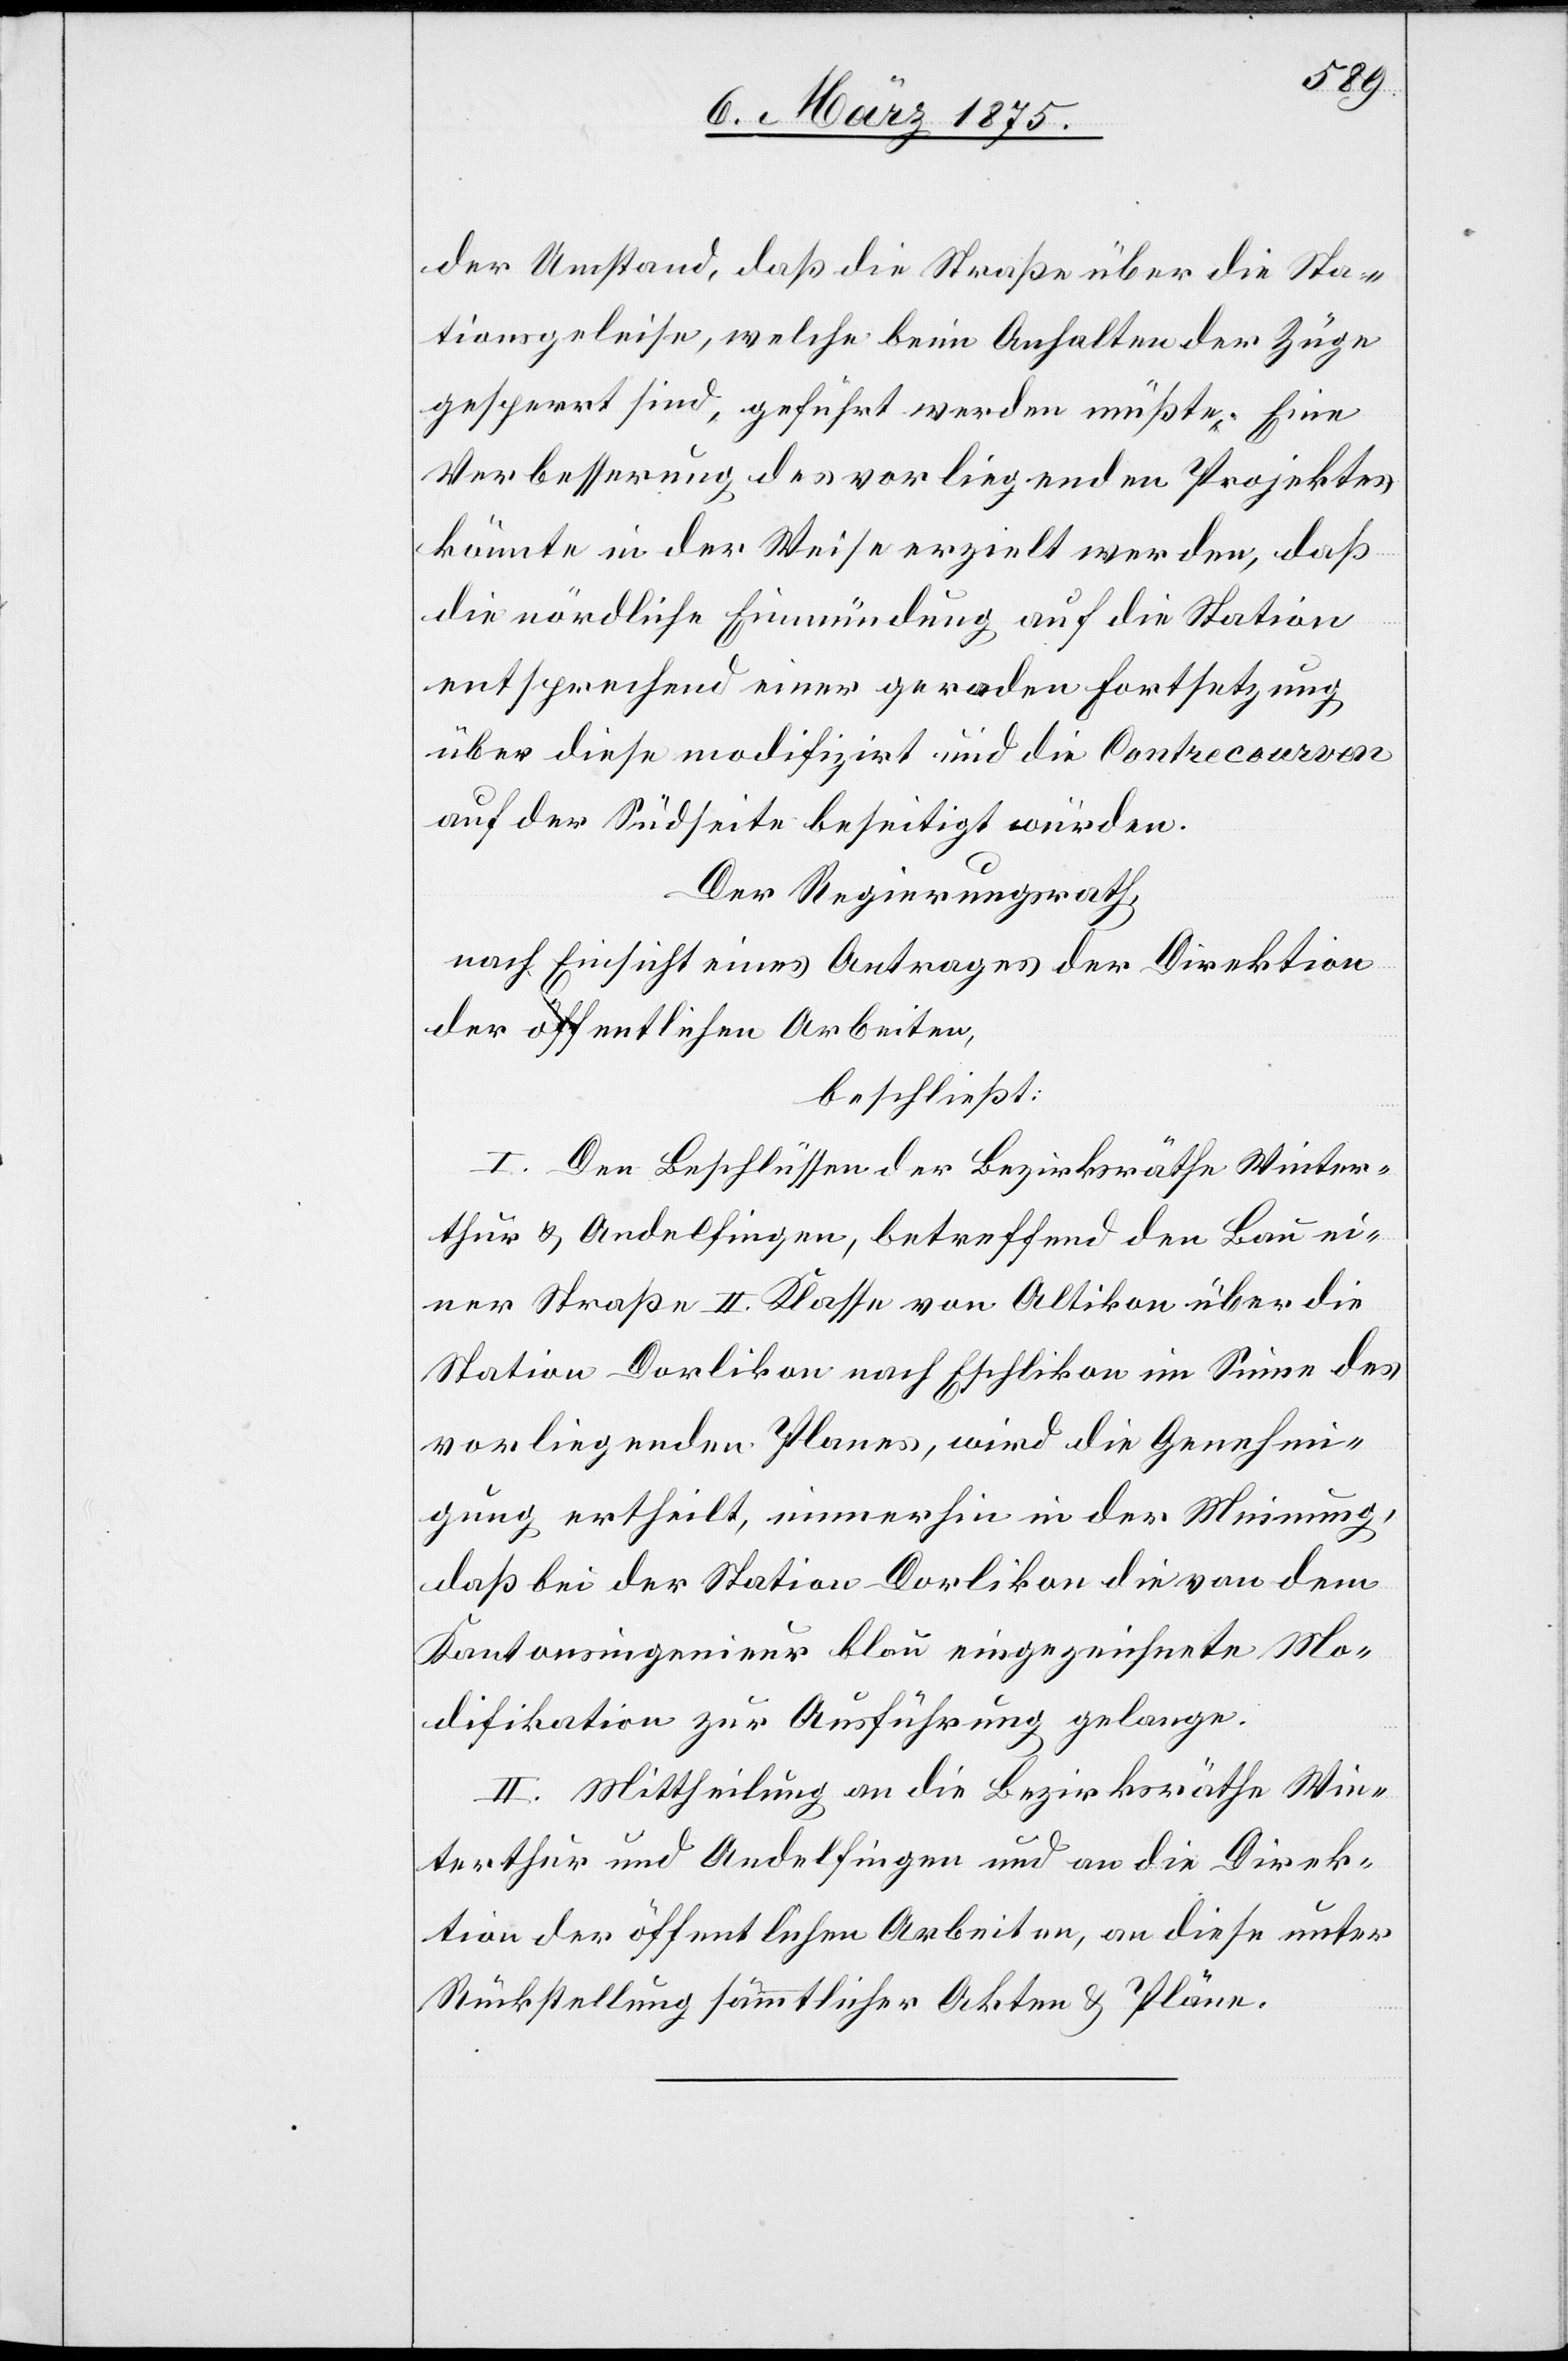
der Umstand, daß die Straße über die Sta¬
tionsgeleise, welche beim Anhalten der Züge
gesperrt sind, geführt werden müßte. Eine
Verbesserung des vorliegenden Projektes
könnte in der Weise erzielt werden daß
die nördliche Einmündung auf die Station
entsprechend einer geraden Fortsetzung
über diese modifizirt und die Contrecourven
auf der Südseite beseitigt würden.
Der Regierungsrath,
nach Einsicht eines Antrages der Direktion
der öffentlichen Arbeiten,
beschließt:
I. Den Beschlüssen der Bezirksräthe Winter¬
thur u. Andelfingen, betreffend den Bau ei¬
ner Straße II. Klasse von Altikon über die
Station Dorlikon nach Eschlikon im Sinne des
vorliegenden Planes, wird die Genehmi¬
gung ertheilt, immerhin in der Meinung,
daß bei der Station Dorlikon die von dem
Kantonsingenieur blau eingezeichnete Mo¬
difikation zur Ausführung gelange.
II. Mittheilung an die Bezirksräthe Win¬
terthur und Andelfingen und an die Direk¬
tion der öffentlichen Arbeiten, an diese unter
Rückstellung sämmtlicher Akten & Pläne.